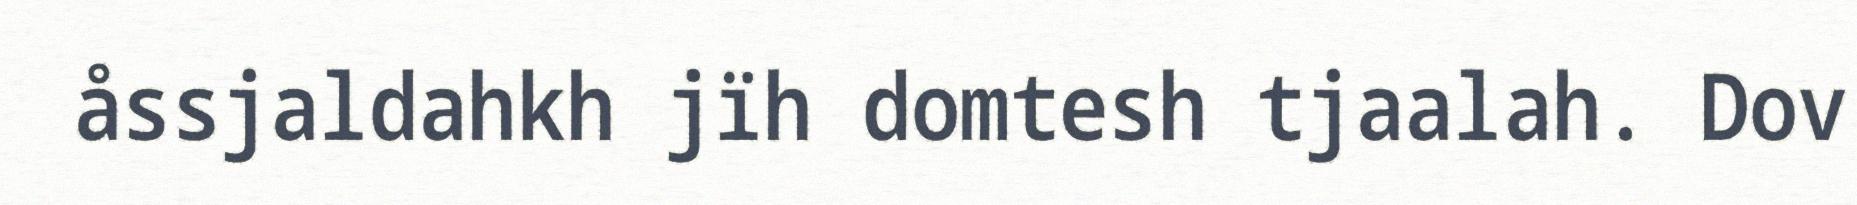
åssjaldahkh jïh domtesh tjaalah. Dov